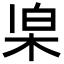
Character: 𣑞